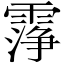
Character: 𬰆